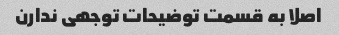
اصلا به قسمت توضیحات توجهی ندارن